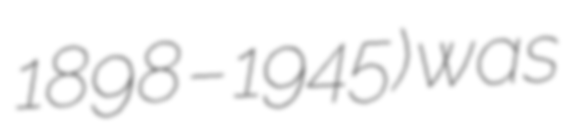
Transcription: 1898 – 1945) was